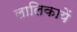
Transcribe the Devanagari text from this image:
लालिकायें